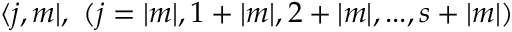
\langle j , m | , \, \, ( j = | m | , 1 + | m | , 2 + | m | , . . . , s + | m | )